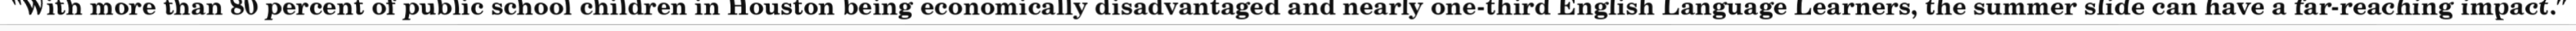
"With more than 80 percent of public school children in Houston being economically disadvantaged and nearly one-third English Language Learners, the summer slide can have a far-reaching impact."